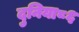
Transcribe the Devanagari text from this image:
दुनिया८६